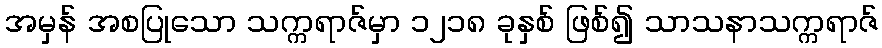
အမှန် အစပြုသော သက္ကရာဇ်မှာ ၁၂၁၈ ခုနှစ် ဖြစ်၍ သာသနာသက္ကရာဇ်